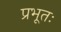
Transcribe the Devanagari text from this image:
प्रभूतः